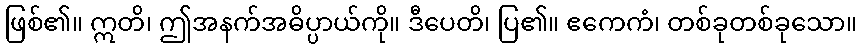
ဖြစ်၏။ ဣတိ၊ ဤအနက်အဓိပ္ပာယ်ကို။ ဒီပေတိ၊ ပြ၏။ ဧကေကံ၊ တစ်ခုတစ်ခုသော။